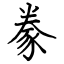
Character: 豢